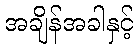
အချိန်အခါနှင့်